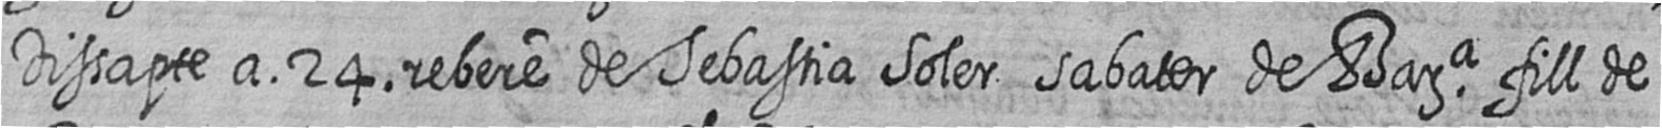
Dissapte a 24 rebere de Sebastia Soler sabater de Bara fill de